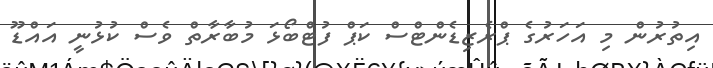
އިތުރުން މި އަހަރުގެ ޕްރެޒިޑެންޓްސް ކަޕް ފުޓްބޯޅަ މުބާރާތް ވެސް ކުޅުނީ އައްޑޫ